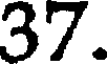
37.